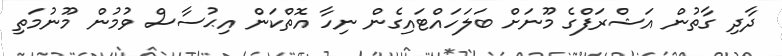
ދާދި ގާތުން އަޝްރަފްގެ މޫނަށް ބަލަހައްޓައިގެން ނިހާ އޮތްކަން އިޙުސާސް ވުމުން މޫނުމަތި